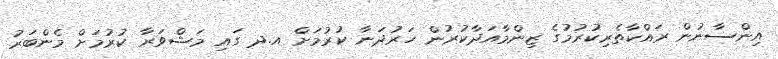
އިންސާނުން ރައްކާތެރިކުރުމުގެ ޒިންމާއަދާކުރުން ހަރުދަނާ ކުރުމަށް އ.ދ ގައި މަޝްވަރާ ކުރުމަށް މެންބަރު